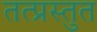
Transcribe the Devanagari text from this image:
तत्प्रस्तुत